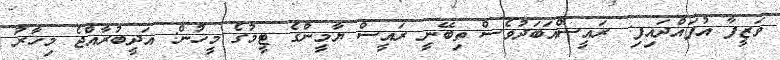
ވަޒީފާ އުފައްދައިފި: ރައީސްއަބަދުވެސް ތިބޭނީ ރައީސް ޔާމީންގެ ޓީމުގެ މީހުން: އަދީބުރާއްޖެ މިހާރު